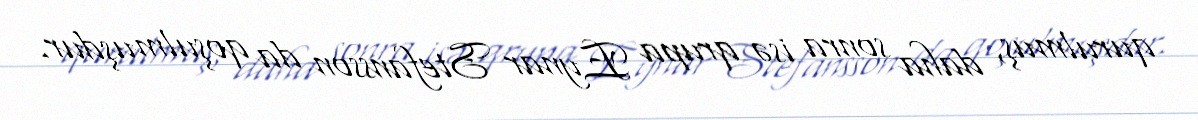
qurulmuş, daha sonra isə qrupa Eynar Stefansson da qoşulmuşdur.